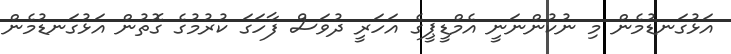
އަޅުގަނޑުމެން މި ނުކުންނަނީ އެމްޑީޕީގެ އަހަރީ ދުވަސް ފާހަގަ ކުރުމުގެ ގޮތުން އަޅުގަނޑުމެން